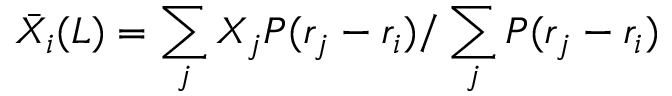
\Bar { X } _ { i } ( L ) = \sum _ { j } X _ { j } P ( r _ { j } - r _ { i } ) / \sum _ { j } P ( r _ { j } - r _ { i } )